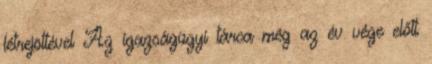
létrejöttével Az igazságügyi tárca még az év vége előtt